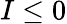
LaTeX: I\le 0